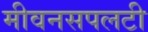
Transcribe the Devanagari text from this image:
मीवनसपलटी